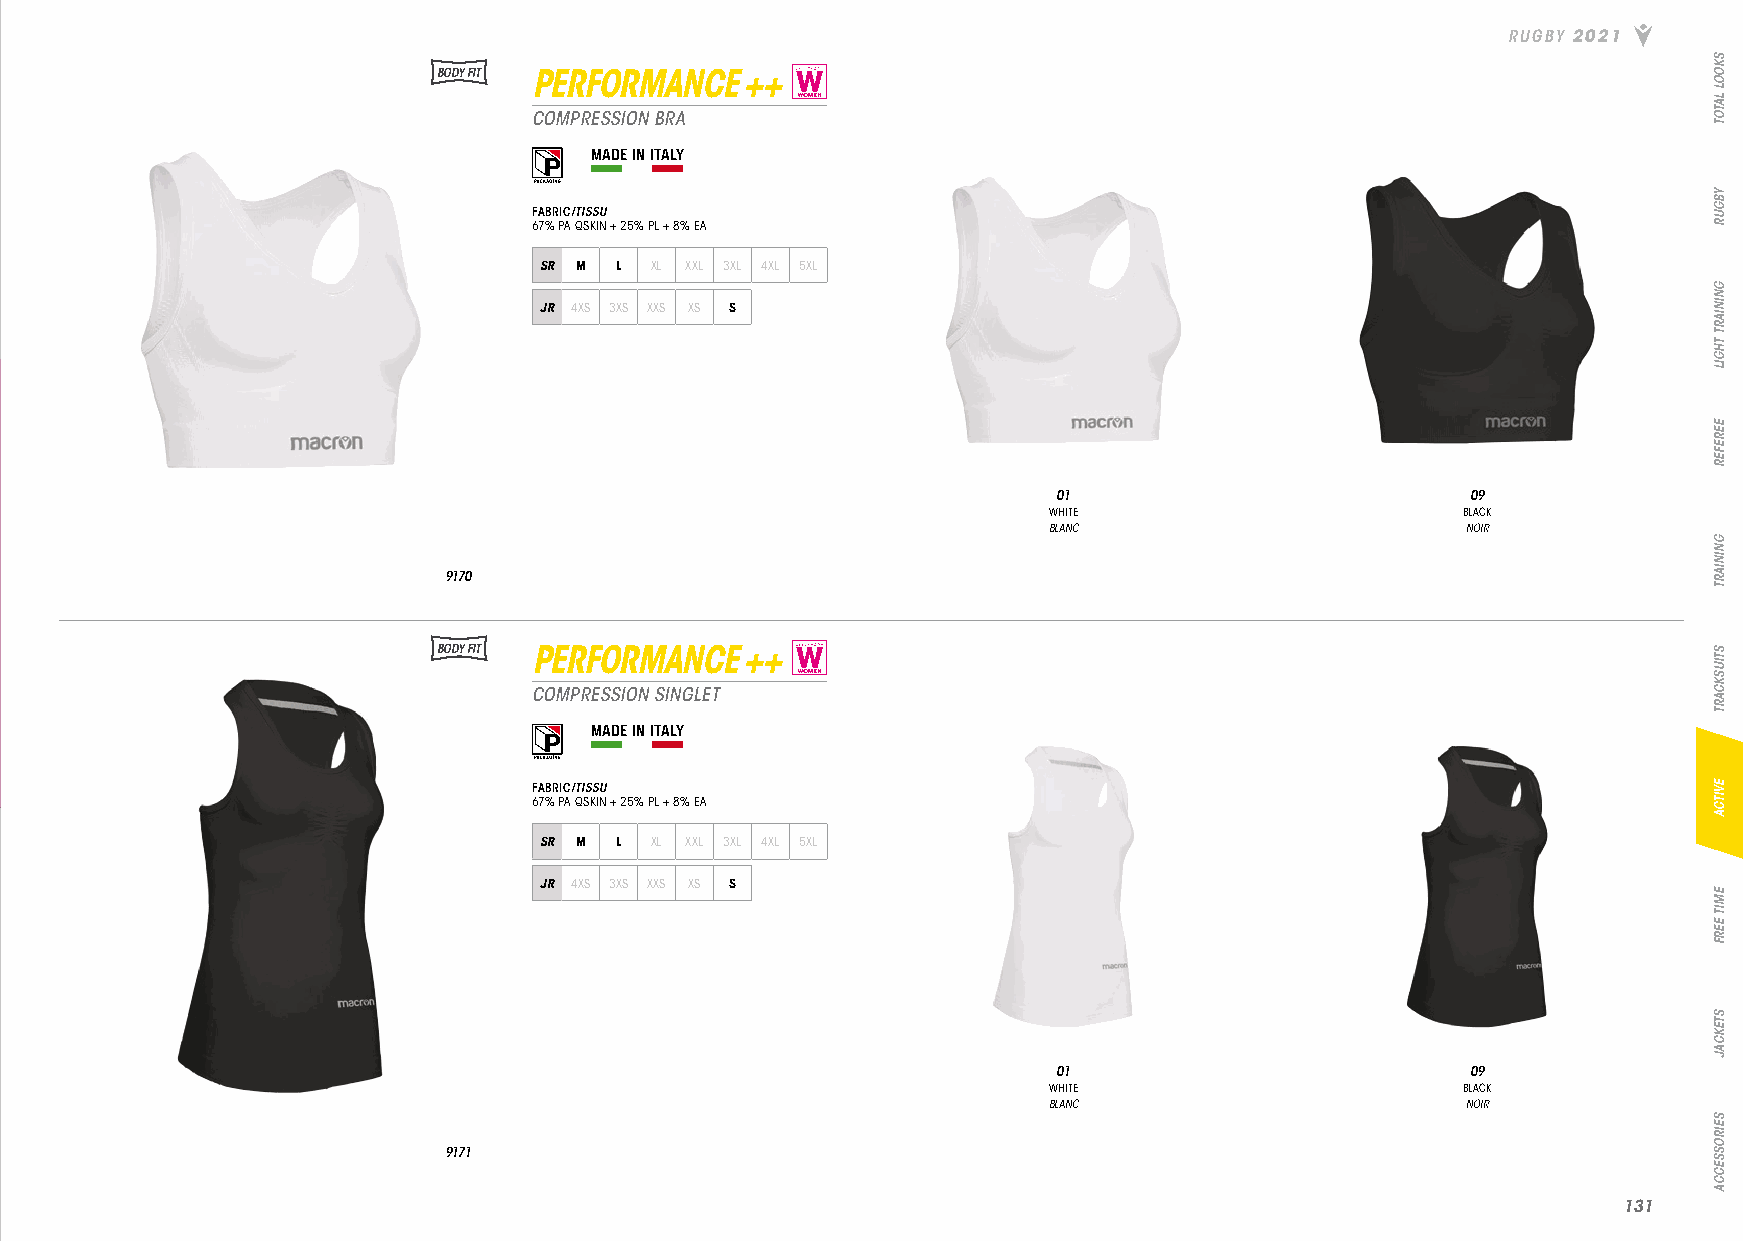
RUGBY 2021
 BODY FIT PERFORMANCE ++
 COMPRESSION BRA
 MADE IN ITALY
 FABRIC/TISSU
 67% PA QSKIN + 25% PL + 8% EA
 SR M L XL XXL 3XL 4XL 5XL
 JR 4XS 3XS XXS XS S
 01                         09
 WHITE                       BLACK
 BLANC                       NOIR
 9170
 BODY FIT PERFORMANCE ++
 COMPRESSION SINGLET
 MADE IN ITALY
 FABRIC/TISSU
 67% PA QSKIN + 25% PL + 8% EA
 SR M L XL XXL 3XL 4XL 5XL
 JR 4XS 3XS XXS XS S
 01                         09
 WHITE                       BLACK
 BLANC                       NOIR
 9171
 113311
 SKOOL
 LATOT
 YBGUR
 GNINIART
 THGIL
 EEREFER
 GNINIART
 STIUSKCART
 EVITCA
 EMIT
 EERF
 STEKCAJ
 SEIROSSECCA